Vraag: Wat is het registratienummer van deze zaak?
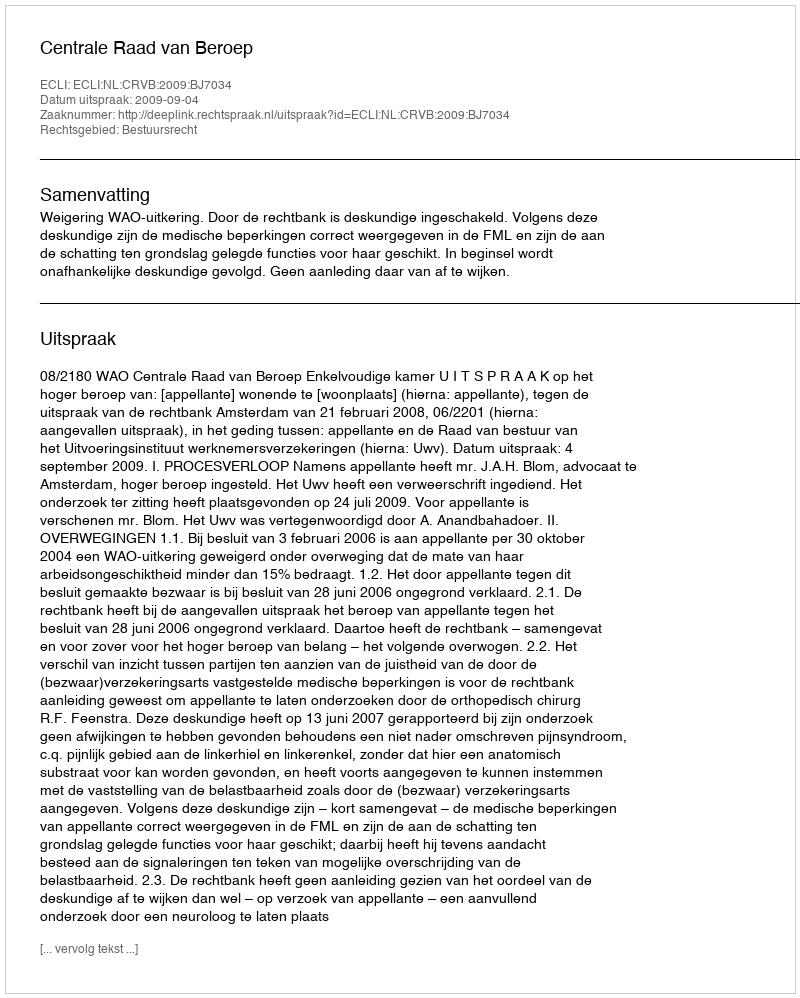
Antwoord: http://deeplink.rechtspraak.nl/uitspraak?id=ECLI:NL:CRVB:2009:BJ7034